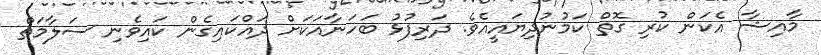
މާއިޝާ އެކަން ކުރި ގޮތް ކަމުނުދިޔައީއެވެ. ދަރިފުޅު ބަހަނާއަކަށް ދައްކައިގެން ކައިވެނި ސަލާމަތް